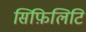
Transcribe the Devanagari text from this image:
सिफ़िलिटि